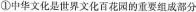
①中华文化是世界文化百花园的重要组成部分